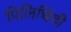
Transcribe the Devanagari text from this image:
पिलिचिंदी